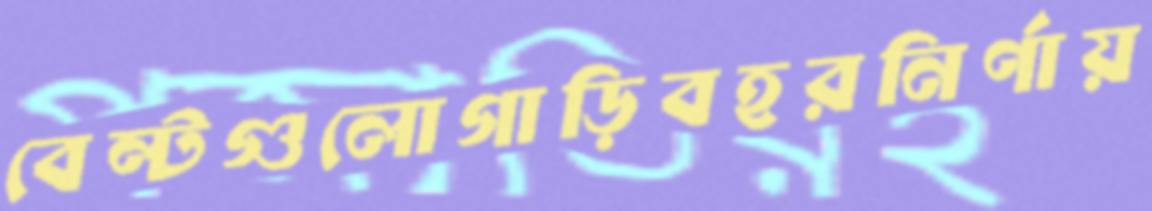
বেল্টগুলোগাড়িবহরনির্ণায়